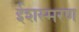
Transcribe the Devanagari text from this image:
ईशस्मरण